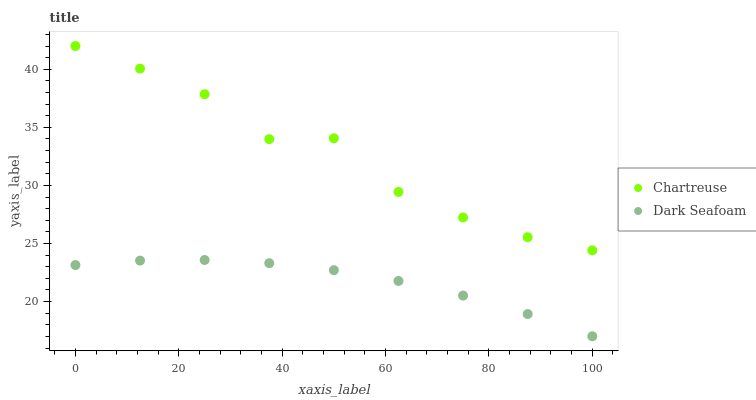
| xaxis_label | Chartreuse | Dark Seafoam |
 | --- | --- | --- |
 | 0 | 42 | 23.1 |
 | 12.5 | 40.1 | 23.5 |
 | 25 | 37.8 | 23.6 |
 | 37.5 | 34 | 23.3 |
 | 50 | 34.1 | 22.7 |
 | 62.5 | 29.4 | 21.8 |
 | 75 | 27.2 | 20.5 |
 | 87.5 | 25.5 | 18.9 |
 | 100 | 24.4 | 17 |